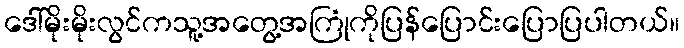
ဒေါ်မိုးမိုးလွင်ကသူ့အတွေ့အကြုံကိုပြန်ပြောင်းပြောပြပါတယ်။